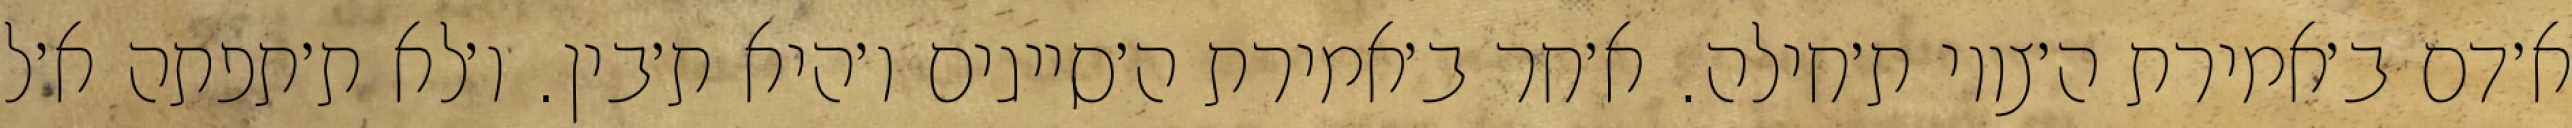
א׳דם ב׳אמירת ה׳צווי ת׳חילה. א׳חר ב׳אמירת ה׳סייגים ו׳היא ת׳בין. ו׳לא ת׳תפתה א׳ל